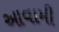
આવામી